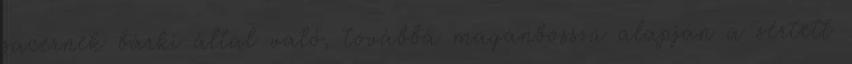
sacernek bárki által való, továbbá magánbosszú alapján a sértett